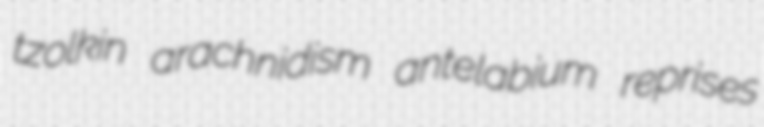
tzolkin arachnidism antelabium reprises